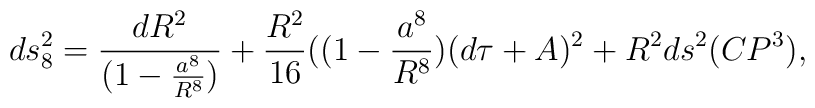
ds^2_{8} = \frac{dR^2}{(1-\frac{a^8}{R^8})} + \frac{R^2}{16}((1-\frac{a^8}{R^8})(d\tau + A)^2 + R^2 ds^2(CP^3),